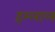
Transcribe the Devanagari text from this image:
हम्लाल